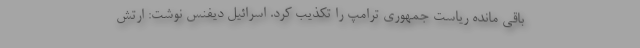
باقی مانده ریاست جمهوری ترامپ را تکذیب کرد. اسرائیل دیفنس نوشت: ارتش